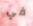
في